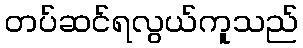
တပ်ဆင်ရလွယ်ကူသည်